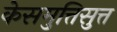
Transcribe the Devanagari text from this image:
केसमुत्तिसुत्त